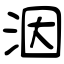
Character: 洇